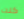
كنت